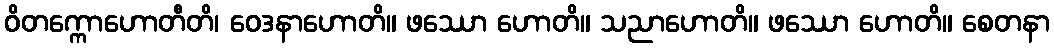
ဝိတက္ကောဟောတီတိ၊ ဝေဒနာဟောတိ။ ဖဿော ဟောတိ။ သညာဟောတိ။ ဖဿော ဟောတိ။ စေတနာ